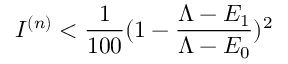
I ^ { ( n ) } < \frac { 1 } { 1 0 0 } ( 1 - \frac { \Lambda - E _ { 1 } } { \Lambda - E _ { 0 } } ) ^ { 2 }